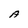
Character: A